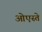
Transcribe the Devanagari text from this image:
ओएस्ते